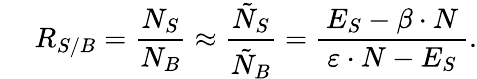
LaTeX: \quad\: R_{S/B}=\frac{N_{S}}{N_{B}}\approx\frac{\tilde{N}_{S}}{\tilde{N}_{B}}=\frac{\, E_{S}-\beta\cdot N\, }{\varepsilon\cdot N-E_{S}}.